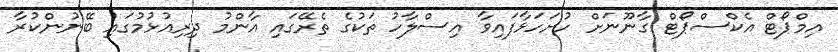
އިމްޕޯޓް އެކްސްޕޯޓް ގާނޫނަށް ހުށަހަޅާފައިވާ އިސްލާހު ތަކުގެ ތެރޭގައި އާންމު ދިރިއުޅުމުގައި ބޭނުންކުރާ